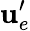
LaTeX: \textbf{u}_{e}^{\prime}